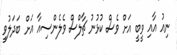
ނިއު އާއި ވީބީ އަށް ވެސް ކުޅުނު ޗާލްސް ވެލެންސިއާ އަށް ބަދަލުވީ